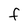
Character: F